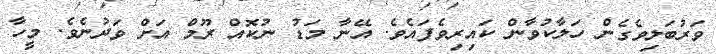
ވަރުބަލިވެގެން ހަލާކުވާން ކައިރިވެފައެވެ. އޭނާ މަޑު ނުކޮއް ރޫމް އަށް ވަދުނެވެ. މީހާ